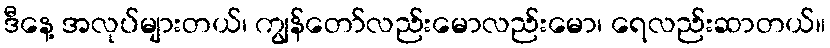
ဒီနေ့ အလုပ်များတယ်၊ ကျွန်တော်လည်းမောလည်းမော၊ ရေလည်းဆာတယ်။